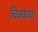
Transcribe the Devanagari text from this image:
चित्रकाया